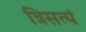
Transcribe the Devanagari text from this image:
त्रिसत्यं